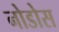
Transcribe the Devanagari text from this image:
नोडोस